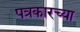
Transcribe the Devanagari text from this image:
पत्रकारच्या